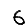
Digit: 6